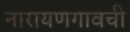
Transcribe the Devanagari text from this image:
नारायणगावची